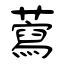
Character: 藛